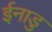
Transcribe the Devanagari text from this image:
ईनाडु